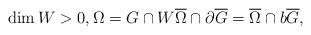
LaTeX: \begin{align*}\dim W >0, \Omega = G \cap W \overline{\Omega}\cap \partial \overline{G}= \overline{\Omega} \cap b\overline{G},\end{align*}